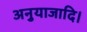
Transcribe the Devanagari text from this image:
अनुयाजादि।